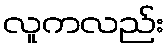
လူကလည်း